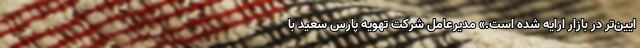
ایین‌تر در بازار ارایه شده است.» مدیرعامل شرکت تهویه پارس سعید با